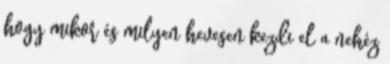
hogy mikor és milyen hevesen kezdi el a nehéz